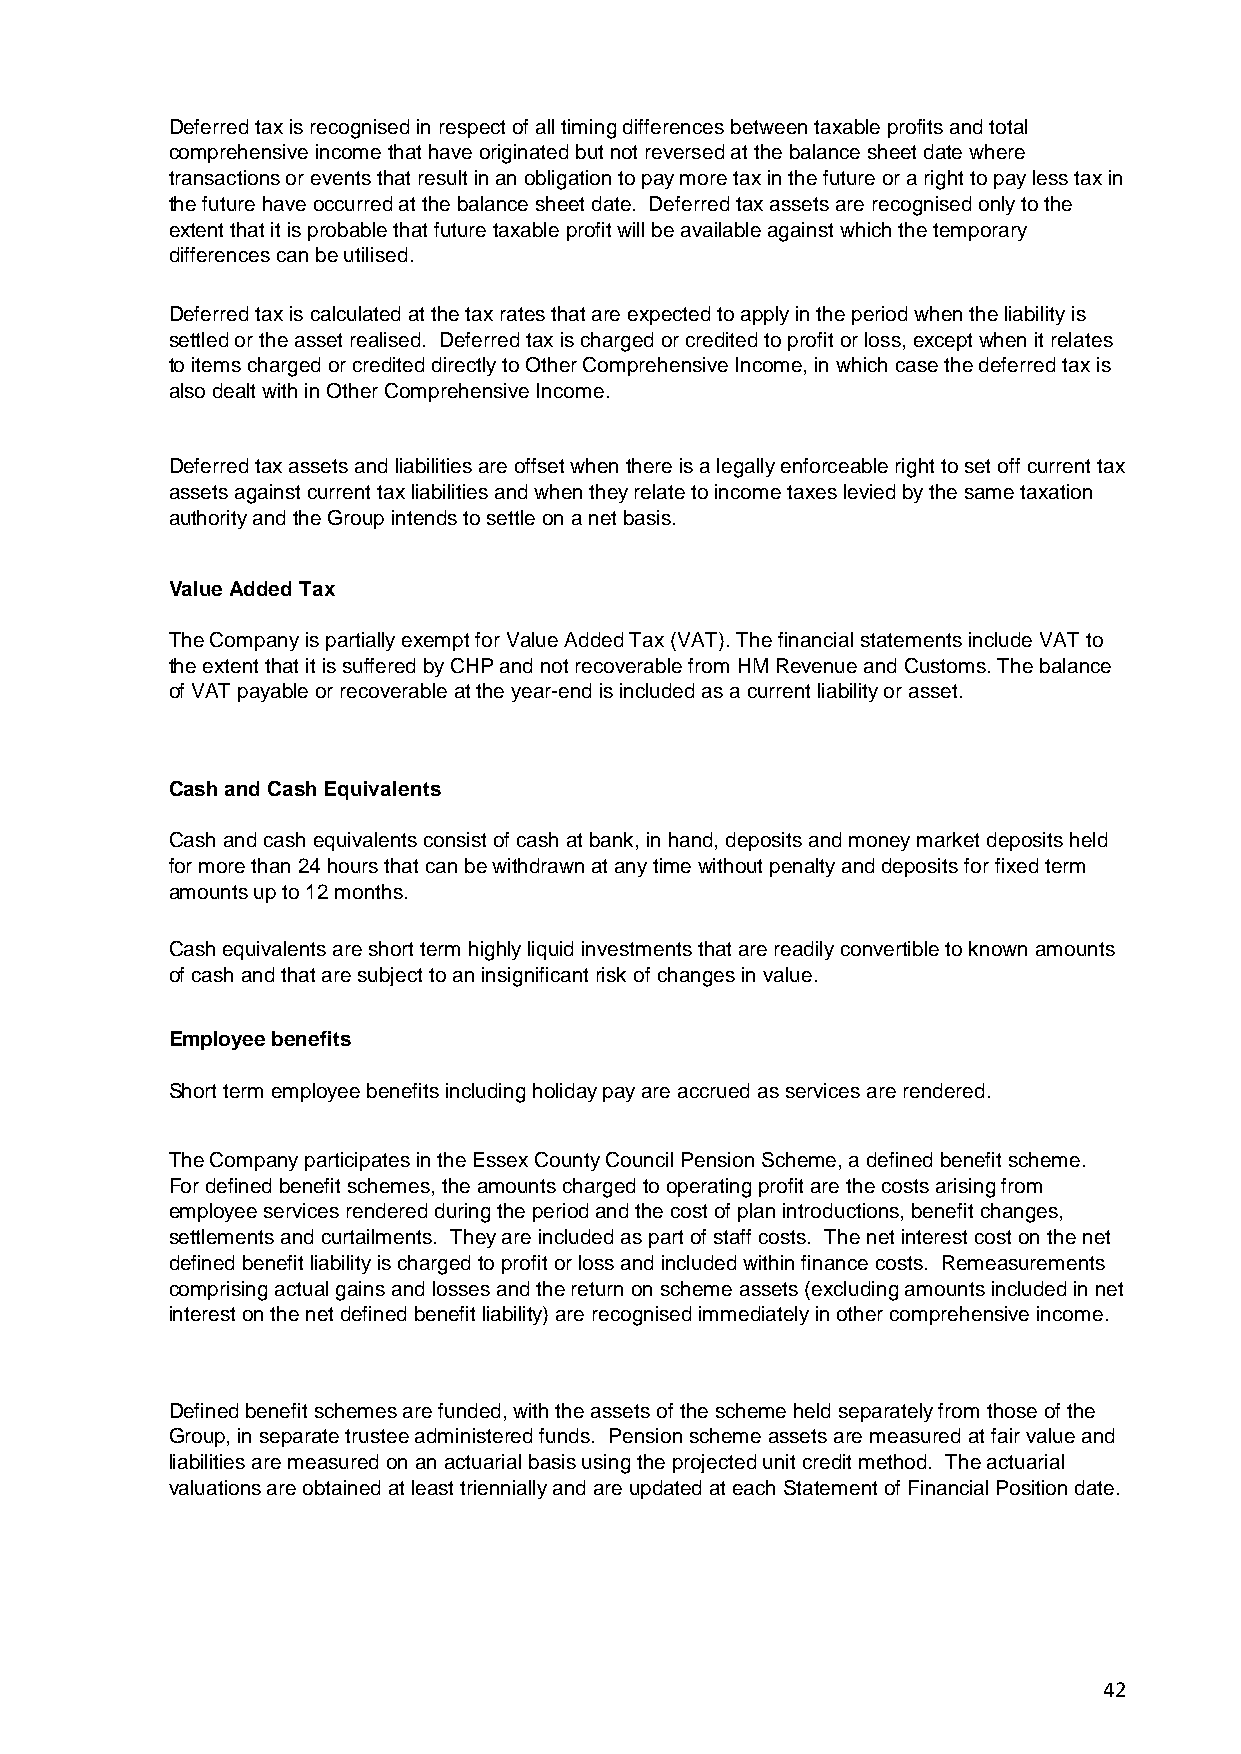
Deferred tax is recognised in respect of all timing differences between taxable profits and total
 comprehensive income that have originated but not reversed at the balance sheet date where
 transactions or events that result in an obligation to pay more tax in the future or a right to pay less tax in
 the future have occurred at the balance sheet date. Deferred tax assets are recognised only to the
 extent that it is probable that future taxable profit will be available against which the temporary
 differences can be utilised.
 Deferred tax is calculated at the tax rates that are expected to apply in the period when the liability is
 settled or the asset realised. Deferred tax is charged or credited to profit or loss, except when it relates
 to items charged or credited directly to Other Comprehensive Income, in which case the deferred tax is
 also dealt with in Other Comprehensive Income.
 Deferred tax assets and liabilities are offset when there is a legally enforceable right to set off current tax
 assets against current tax liabilities and when they relate to income taxes levied by the same taxation
 authority and the Group intends to settle on a net basis.
 Value Added Tax
 The Company is partially exempt for Value Added Tax (VAT). The financial statements include VAT to
 the extent that it is suffered by CHP and not recoverable from HM Revenue and Customs. The balance
 of VAT payable or recoverable at the year-end is included as a current liability or asset.
 Cash and Cash Equivalents
 Cash and cash equivalents consist of cash at bank, in hand, deposits and money market deposits held
 for more than 24 hours that can be withdrawn at any time without penalty and deposits for fixed term
 amounts up to 12 months.
 Cash equivalents are short term highly liquid investments that are readily convertible to known amounts
 of cash and that are subject to an insignificant risk of changes in value.
 Employee benefits
 Short term employee benefits including holiday pay are accrued as services are rendered.
 The Company participates in the Essex County Council Pension Scheme, a defined benefit scheme.
 For defined benefit schemes, the amounts charged to operating profit are the costs arising from
 employee services rendered during the period and the cost of plan introductions, benefit changes,
 settlements and curtailments. They are included as part of staff costs. The net interest cost on the net
 defined benefit liability is charged to profit or loss and included within finance costs. Remeasurements
 comprising actual gains and losses and the return on scheme assets (excluding amounts included in net
 interest on the net defined benefit liability) are recognised immediately in other comprehensive income.
 Defined benefit schemes are funded, with the assets of the scheme held separately from those of the
 Group, in separate trustee administered funds. Pension scheme assets are measured at fair value and
 liabilities are measured on an actuarial basis using the projected unit credit method. The actuarial
 valuations are obtained at least triennially and are updated at each Statement of Financial Position date.
 42